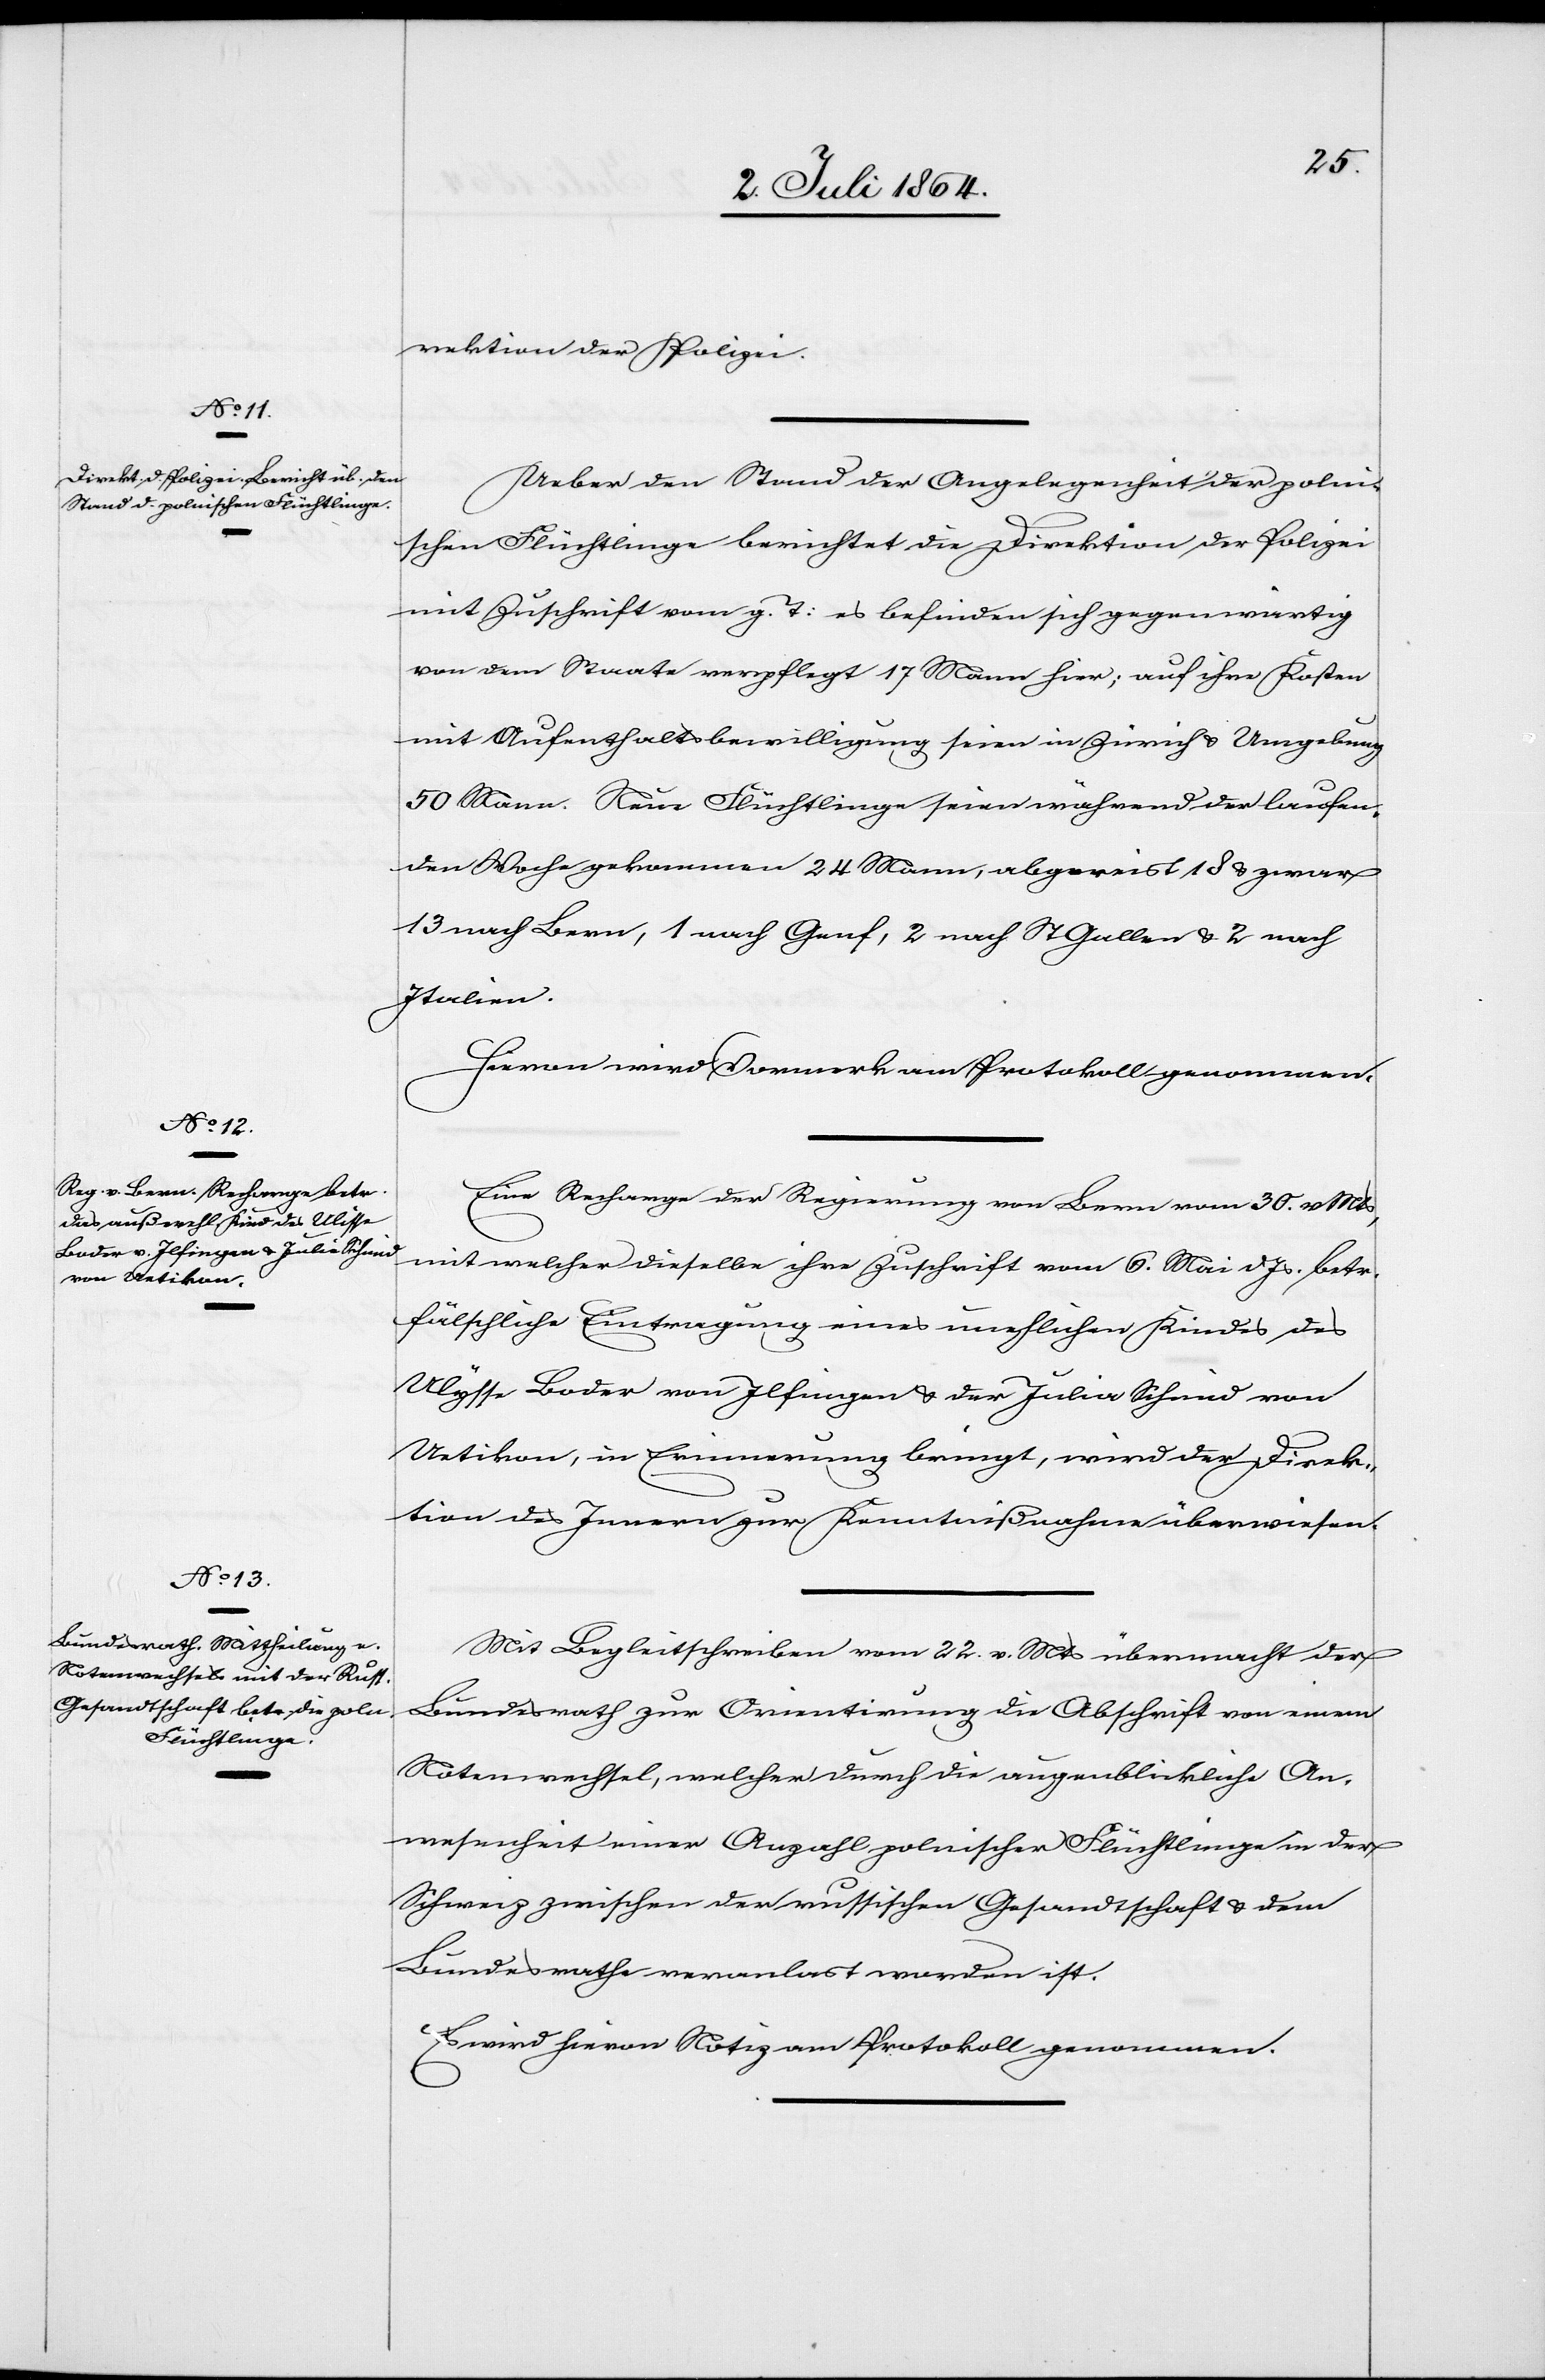
rektion der Polizei.
Ueber den Stand der Angelegenheit der polni¬
schen Flüchtlinge berichtet die Direktion der Polizei
mit Zuschrift vom g. T: es befinden sich gegenwärtig
von dem Staate verpflegt 17 Mann hier; auf ihre Kosten
mit Aufenthaltsbewilligung seien in Zürich u. Umgebung
50 Mann. Neue Flüchtlinge seien während der laufen¬
den Woche gekommen 24 Mann, abgereist 18 u. zwar
13 nach Bern, 1 nach Genf, 2 nach St. Gallen u. 2 nach
Italien.
Hiervon wird Vormerk am Protokoll genommen.
Eine Recharge der Regierung von Bern vom 30. v. Mts.,
mit welcher dieselbe ihre Zuschrift vom 6. Mai d. Js. betr.
fälschliche Eintragung eines unehelichen Kindes des
[sic!] Bader von Ilfingen u. der Julia Schmid von
Uetikon, in Erinnerung bringt, wird der Direk¬
tion des Innern zur Kenntnißnahme überwiesen.
Mit Begleitschreiben vom 22. v. Mts. übermacht der
Bundesrath zur Orientierung die Abschrift von einem
Notenwechsel, welcher durch die augenblickliche An¬
wesenheit einer Anzahl polnischer Flüchtlinge in der
Schweiz zwischen der russischen Gesandtschaft u. dem
Bundesrathe veranlast [sic!] worden ist.
Es wird hievon Notiz am Protokoll genommen.